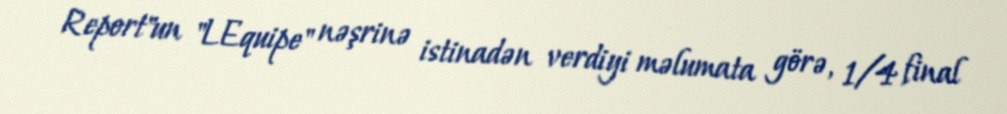
Report"un "LEquipe" nəşrinə istinadən verdiyi məlumata görə, 1/4 final